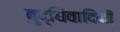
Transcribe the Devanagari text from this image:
बुद्धिवादिनी